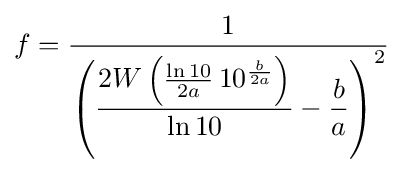
f={\frac {1}{\left({\dfrac {2W\left({\frac {\ln 10}{2a}}\,10^{\frac {b}{2a}}\right)}{\ln 10}}-{\dfrac {b}{a}}\right)^{2}}}